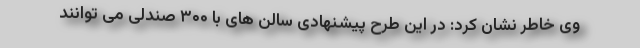
وی خاطر نشان کرد: در این طرح پیشنهادی سالن های با ۳۰۰ صندلی می توانند